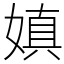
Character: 嫃